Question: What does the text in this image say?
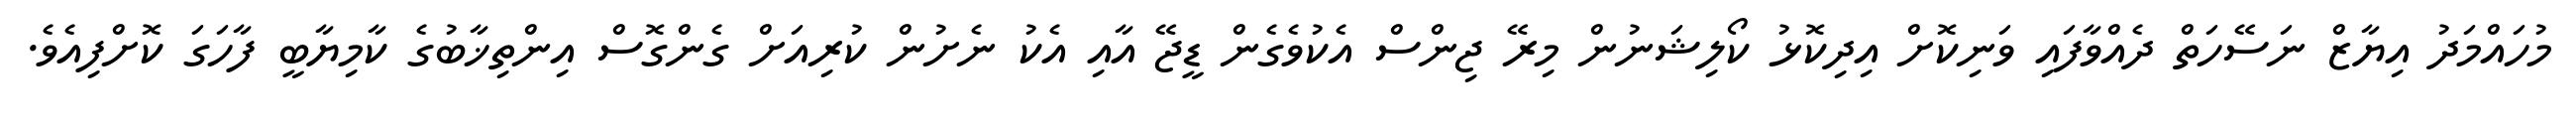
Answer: މުހައްމަދު އިޔާޒް ނަސޭހަތް ދެއްވާފައި ވަނިކޮށް އިދިކޮޅު ކޯލިޝަނުން މިރޭ ޖިންސް އެކުވެގެން ޑީޖޭ އާއި އެކު ނެށުން ކުރިއަށް ގެންގޮސް އިންތިޚާބުގެ ކާމިޔާބީ ފާހަގަ ކޮށްފިއެވެ.